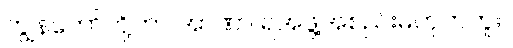
ကျွန်တော်တို့ဟာ အာဏာ ရအဖွဲ့အစည်းမဟုတ်ဘူး။